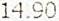
14.90